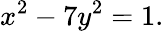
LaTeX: x^{2}-7y^{2}=1.